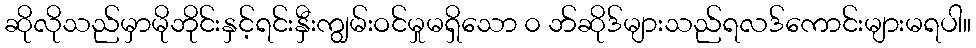
ဆိုလိုသည်မှာမိုဘိုင်းနှင့်ရင်းနှီးကျွမ်းဝင်မှုမရှိသော ၀ ဘ်ဆိုဒ်များသည်ရလဒ်ကောင်းများမရပါ။